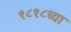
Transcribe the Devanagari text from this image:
१८१८च्या